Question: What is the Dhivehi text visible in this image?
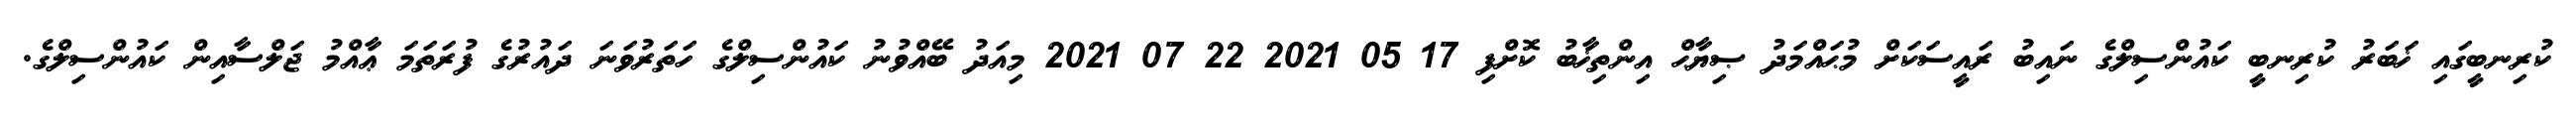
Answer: ކުރިނބީގައި ޚަބަރު ކުރިނބީ ކައުންސިލްގެ ނައިބު ރައީސަކަށް މުޙައްމަދު ޞިޔާޙް އިންތިޚާބު ކޮށްފި 17 05 2021 22 07 2021 މިއަދު ބޭއްވުނު ކައުންސިލްގެ ހަތަރުވަނަ ދައުރުގެ ފުރަތަމަ ޢާއްމު ޖަލްސާއިން ކައުންސިލްގެ.